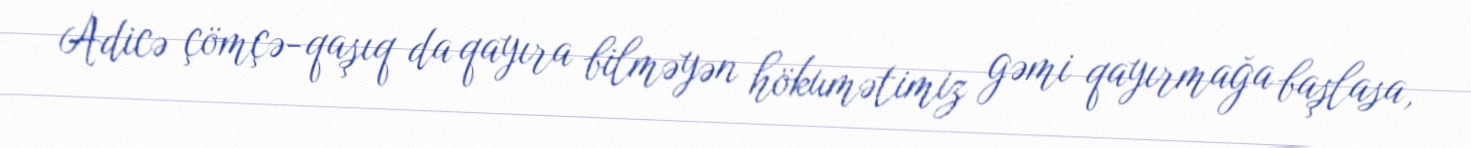
Adicə çömçə-qaşıq da qayıra bilməyən hökumətimiz gəmi qayırmağa başlasa,